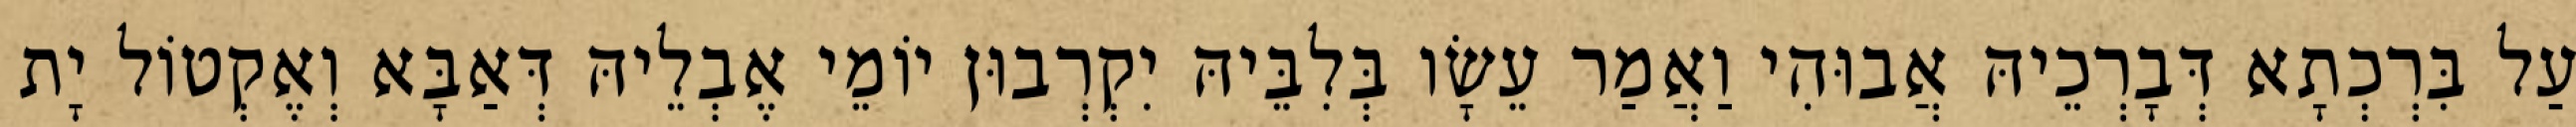
עַל בִּרְכְתָא דְּבָרְכֵיהּ אֲבוּהִי וַאֲמַר עֵשָׂו בְּלִבֵּיהּ יִקְרְבוּן יוֹמֵי אֶבְלֵיהּ דְּאַבָּא וְאֶקְטוֹל יָת